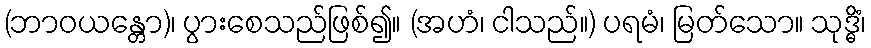
(ဘာဝယန္တော)၊ ပွားစေသည်ဖြစ်၍။ (အဟံ၊ ငါသည်။) ပရမံ၊ မြတ်သော။ သုဒ္ဓိံ၊